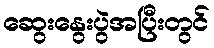
ဆွေးနွေးပွဲအပြီးတွင်